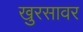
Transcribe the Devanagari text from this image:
खुरसावर